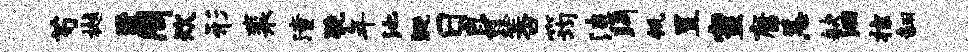
芍樾至周炊形裴潼猊年池溉日身粲否筠漶眄瓴置蜜康恙缺洄掠翻